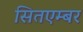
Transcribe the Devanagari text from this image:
सितएम्बर